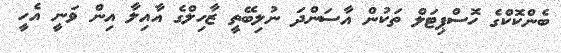
ބެންކޮކްގެ ހޮސްޕިޓަލް ތަކުން އާސަންދަ ނުލިބޭތީ ޒާހިލްގެ އާއިލާ އިން ވަނީ އެހީ